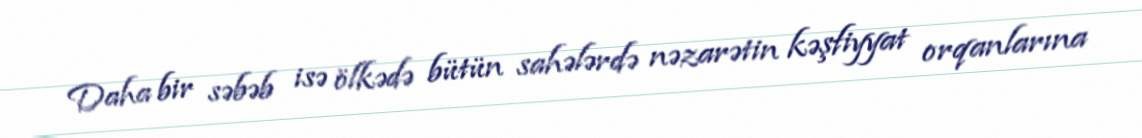
Daha bir səbəb isə ölkədə bütün sahələrdə nəzarətin kəşfiyyat orqanlarına